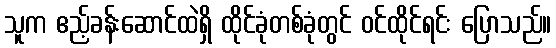
သူက ဧည့်ခန်းဆောင်ထဲရှိ ထိုင်ခုံတစ်ခုံတွင် ဝင်ထိုင်ရင်း ပြောသည်။